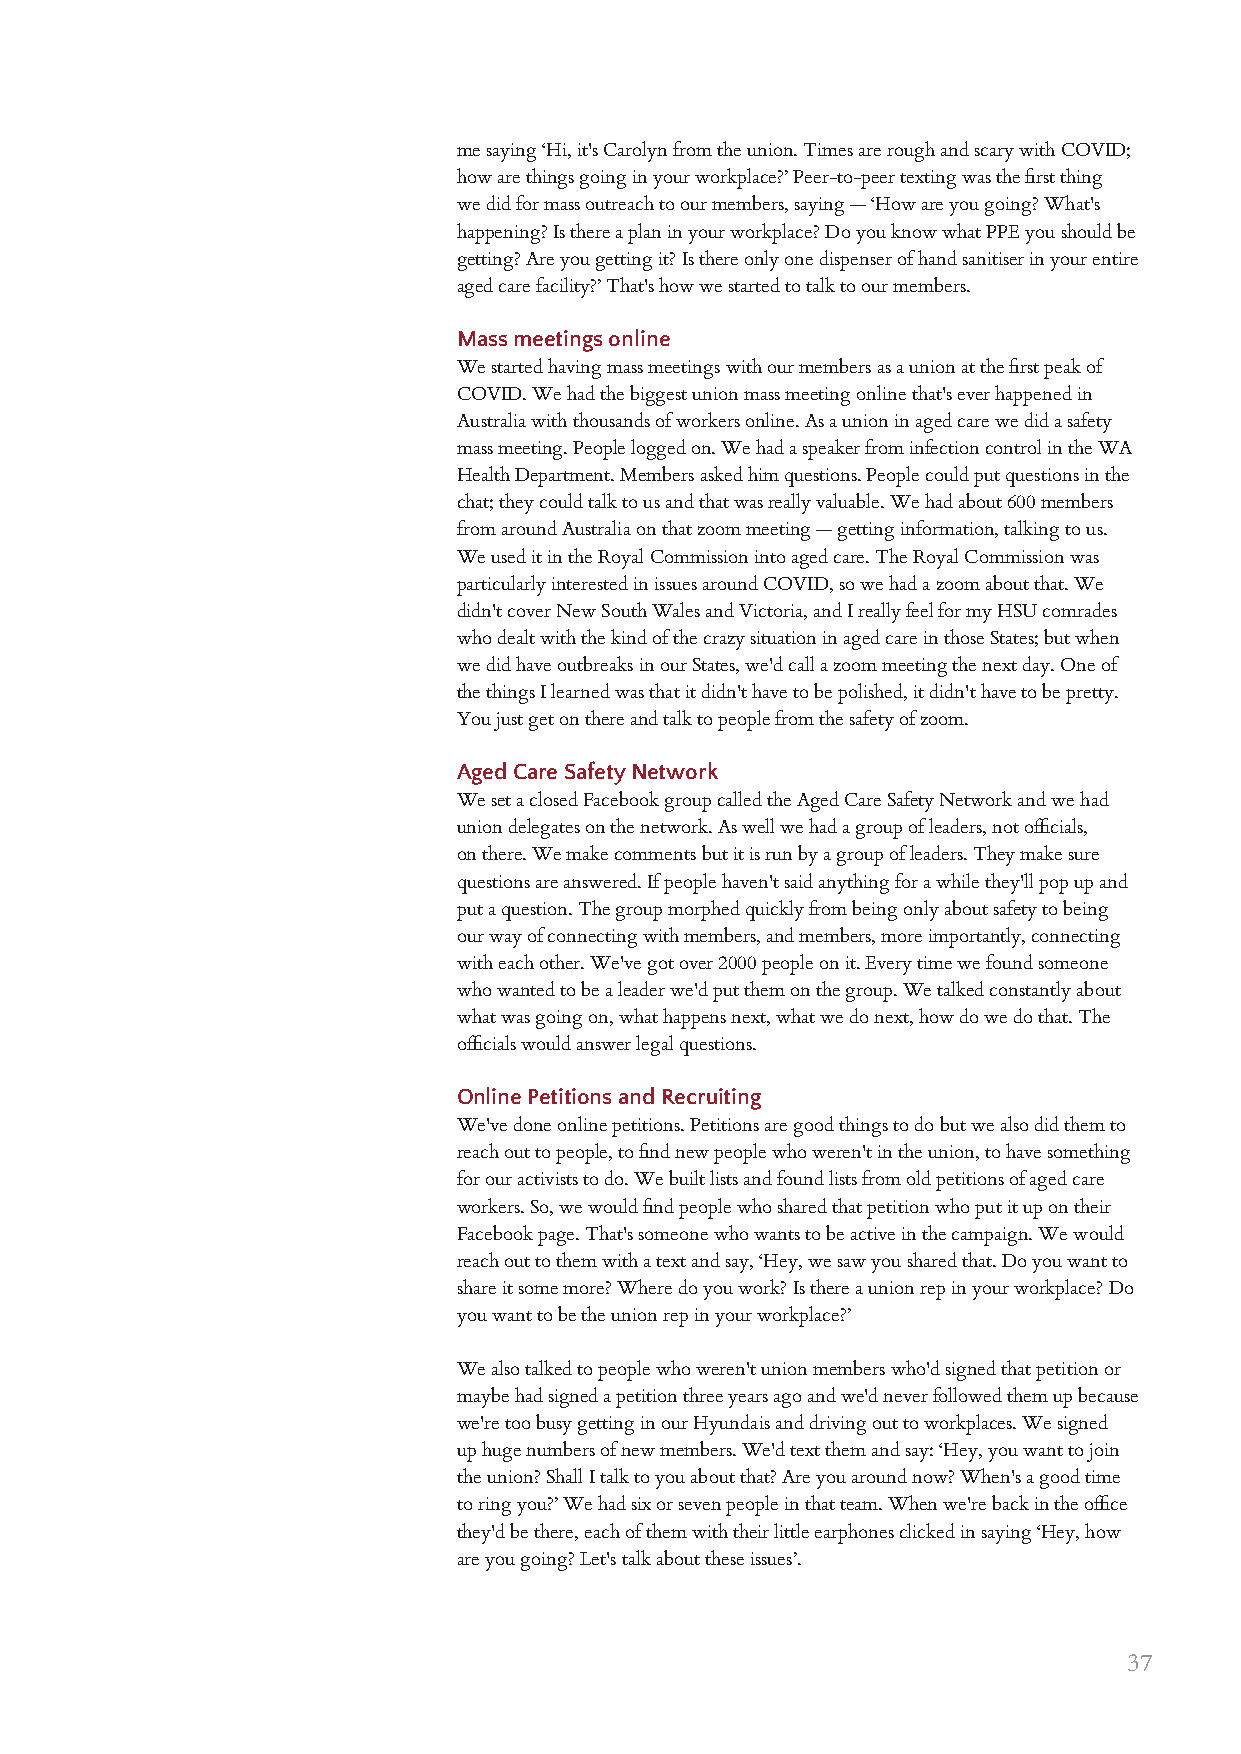
me saying ‘Hi, it's Carolyn from the union. Times are rough and scary with COVID;
 how are things going in your workplace?’ Peer-to-peer texting was the first thing
 we did for mass outreach to our members, saying — ‘How are you going? What's
 happening? Is there a plan in your workplace? Do you know what PPE you should be
 getting? Are you getting it? Is there only one dispenser of hand sanitiser in your entire
 aged care facility?’ That's how we started to talk to our members.
 Mass meetings online
 We started having mass meetings with our members as a union at the first peak of
 COVID. We had the biggest union mass meeting online that's ever happened in
 Australia with thousands of workers online. As a union in aged care we did a safety
 mass meeting. People logged on. We had a speaker from infection control in the WA
 Health Department. Members asked him questions. People could put questions in the
 chat; they could talk to us and that was really valuable. We had about 600 members
 from around Australia on that zoom meeting — getting information, talking to us.
 We used it in the Royal Commission into aged care. The Royal Commission was
 particularly interested in issues around COVID, so we had a zoom about that. We
 didn't cover New South Wales and Victoria, and I really feel for my HSU comrades
 who dealt with the kind of the crazy situation in aged care in those States; but when
 we did have outbreaks in our States, we'd call a zoom meeting the next day. One of
 the things I learned was that it didn't have to be polished, it didn't have to be pretty.
 You just get on there and talk to people from the safety of zoom.
 Aged Care Safety Network
 We set a closed Facebook group called the Aged Care Safety Network and we had
 union delegates on the network. As well we had a group of leaders, not officials,
 on there. We make comments but it is run by a group of leaders. They make sure
 questions are answered. If people haven't said anything for a while they'll pop up and
 put a question. The group morphed quickly from being only about safety to being
 our way of connecting with members, and members, more importantly, connecting
 with each other. We've got over 2000 people on it. Every time we found someone
 who wanted to be a leader we'd put them on the group. We talked constantly about
 what was going on, what happens next, what we do next, how do we do that. The
 officials would answer legal questions.
 Online Petitions and Recruiting
 We've done online petitions. Petitions are good things to do but we also did them to
 reach out to people, to find new people who weren't in the union, to have something
 for our activists to do. We built lists and found lists from old petitions of aged care
 workers. So, we would find people who shared that petition who put it up on their
 Facebook page. That's someone who wants to be active in the campaign. We would
 reach out to them with a text and say, ‘Hey, we saw you shared that. Do you want to
 share it some more? Where do you work? Is there a union rep in your workplace? Do
 you want to be the union rep in your workplace?’
 We also talked to people who weren't union members who'd signed that petition or
 maybe had signed a petition three years ago and we'd never followed them up because
 we're too busy getting in our Hyundais and driving out to workplaces. We signed
 up huge numbers of new members. We'd text them and say: ‘Hey, you want to join
 the union? Shall I talk to you about that? Are you around now? When's a good time
 to ring you?’ We had six or seven people in that team. When we're back in the office
 they'd be there, each of them with their little earphones clicked in saying ‘Hey, how
 are you going? Let's talk about these issues’.
 37